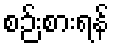
စဉ်းစားရန်